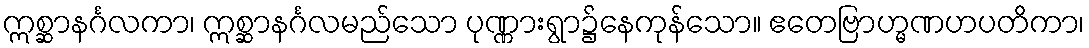
ဣစ္ဆာနင်္ဂလကာ၊ ဣစ္ဆာနင်္ဂလမည်သော ပုဏ္ဏားရွာ၌နေကုန်သော။ ဧတေဗြာဟ္မဏဟပတိကာ၊